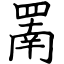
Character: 罱